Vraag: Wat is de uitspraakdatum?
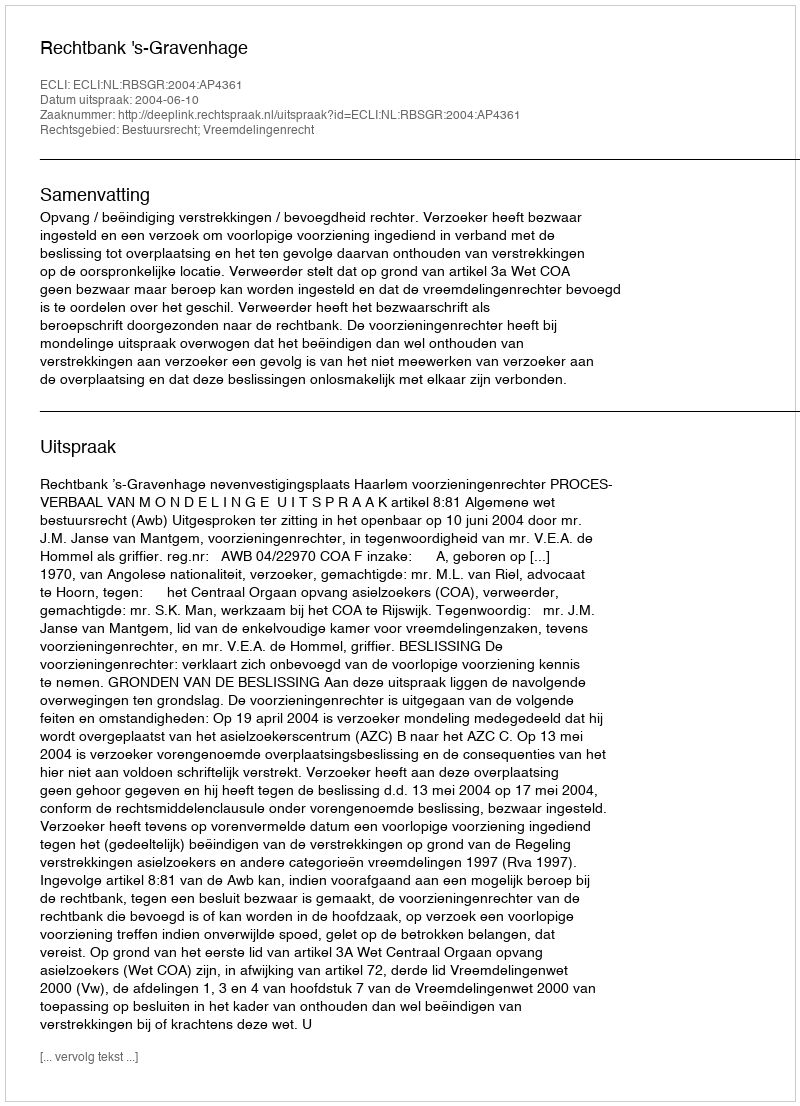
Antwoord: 2004-06-10